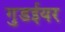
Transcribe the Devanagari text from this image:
गुडईयर